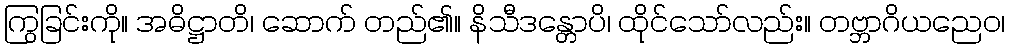
ကြွခြင်းကို။ အဓိဋ္ဌာတိ၊ ဆောက် တည်၏။ နိသီဒန္တောပိ၊ ထိုင်သော်လည်း။ တဗ္ဘာဂိယညေဝ၊